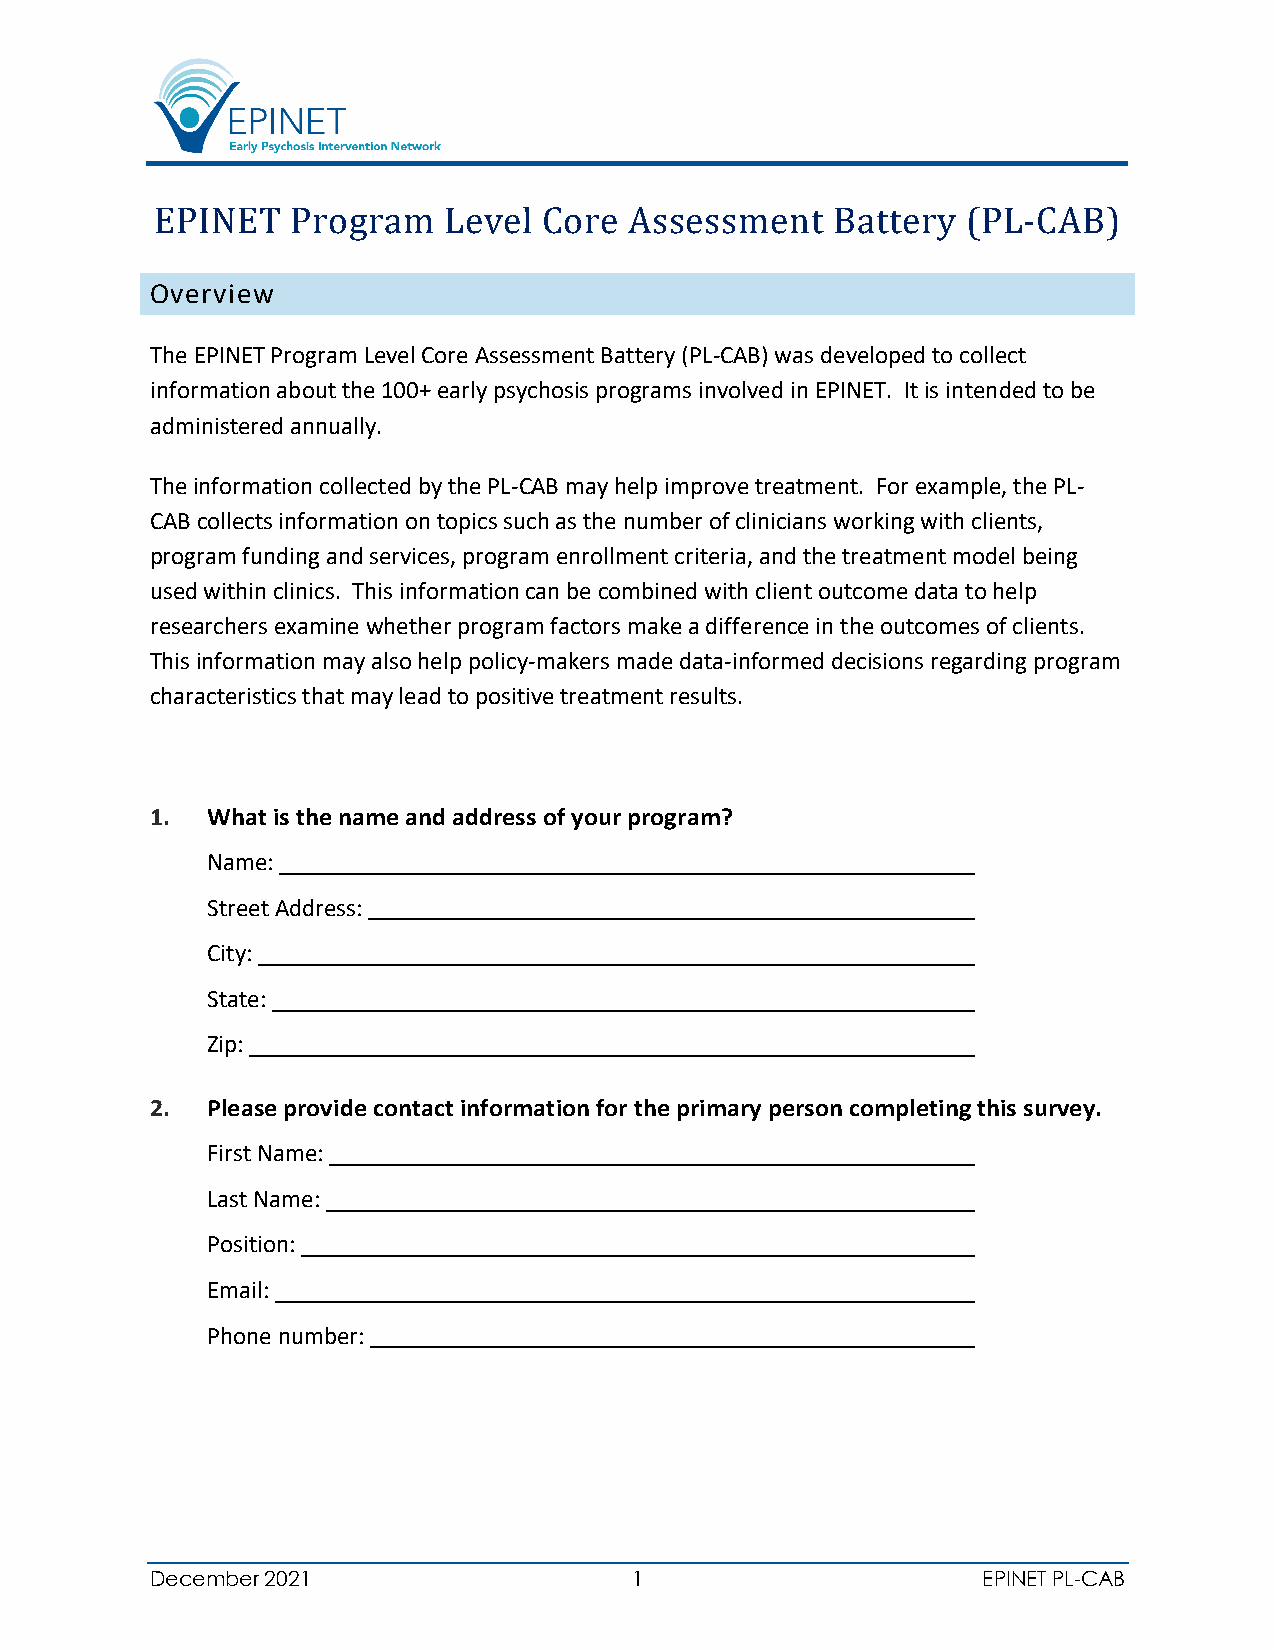
OEvPeIrNvieEwT Program Level Core Assessment Battery  (PL-CAB)
 The EPINET Program Level Core Assessment Battery (PL-CAB) was developed to collect
 information about the 100+ early psychosis programs involved in EPINET. It is intended to be
 administered annually.
 The information collected by the PL-CAB may help improve treatment. For example, the PL-
 CAB collects information on topics such as the number of clinicians working with clients,
 program funding and services, program enrollment criteria, and the treatment model being
 used within clinics. This information can be combined with client outcome data to help
 researchers examine whether program factors make a difference in the outcomes of clients.
 This information may also help policy-makers made data-informed decisions regarding program
 characteristics that may lead to positive treatment results.
 1.  What is the name and address of your program?
 Name:
 Street Address:
 City:
 State:
 Zip:
 2.  Please provide contact information for the primary person completing this survey.
 First Name:
 Last Name:
 Position:
 Email:
 Phone number:
 December 2021                   1                      EPINET PL-CAB